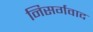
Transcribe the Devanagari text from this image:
निसर्गवाद